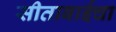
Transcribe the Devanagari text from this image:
सीताबाईचा